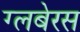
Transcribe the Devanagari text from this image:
ग्लबेरस